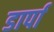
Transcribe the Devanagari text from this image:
डार्पा